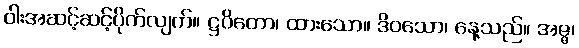
ဝါးအဆင့်ဆင့်ပိုက်လျက်။ ဋ္ဌပိတော၊ ထားသော။ ဒိဝသော၊ နေ့သည်။ အဇ္ဇ၊